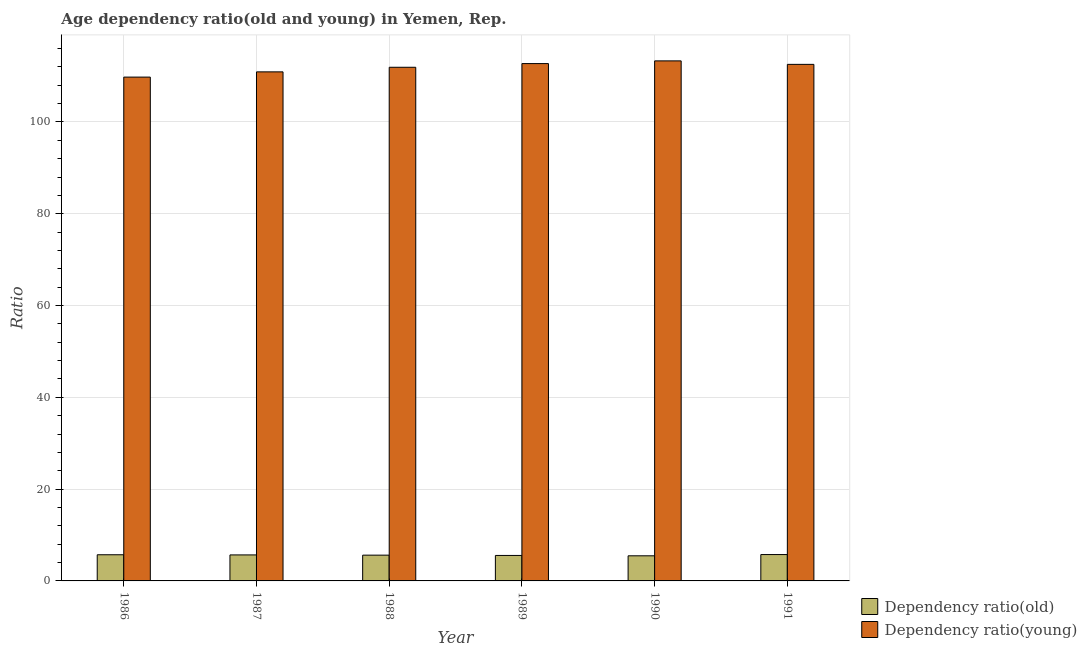
| Year | Dependency ratio(old) | Dependency ratio(young) |
 | --- | --- | --- |
 | 1986 | 5.7 | 110 |
 | 1987 | 5.66 | 111 |
 | 1988 | 5.61 | 112 |
 | 1989 | 5.55 | 113 |
 | 1990 | 5.47 | 113 |
 | 1991 | 5.74 | 113 |